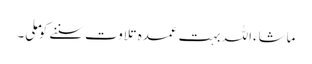
ماشاءاللہ بہت عمدہ تلاوت سننے کو ملی۔